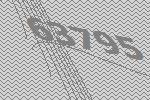
63795